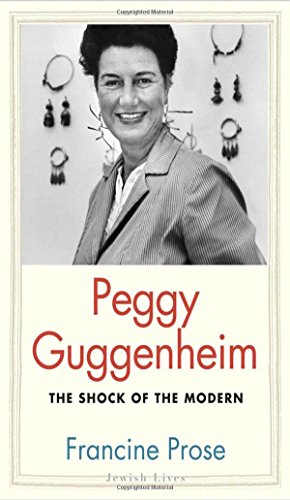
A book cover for Peggy Guggenheim: The Shock of the Modern (Jewish Lives); Francine Prose; Biographies & Memoirs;